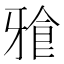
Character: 𭷒